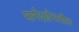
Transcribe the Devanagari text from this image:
मार्गदर्शनातील